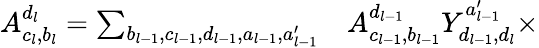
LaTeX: \begin{array}{rl}{A_{c_{l},b_{l}}^{d_{l}}=\sum_{b_{l-1},c_{l-1},d_{l-1},a_{l-1},a_{l-1}^{\prime}}}&{{}A_{c_{l-1},b_{l-1}}^{d_{l-1}}Y_{d_{l-1},d_{l}}^{a_{l-1}^{\prime}}\times}\end{array}